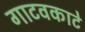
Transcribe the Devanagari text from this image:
गाटवकाटे